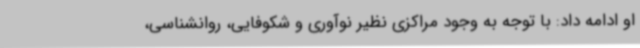
او ادامه داد: با توجه به وجود مراکزی نظیر نوآوری و شکوفایی، روانشناسی،